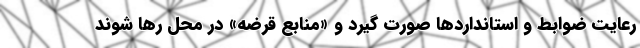
رعایت ضوابط و استانداردها صورت گیرد و «منابع قرضه» در محل رها شوند